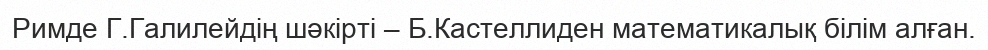
Римде Г.Галилейдің шәкірті – Б.Кастеллиден математикалық білім алған.